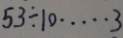
5 3 \div 1 0 \cdots 3